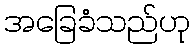
အခြေခံသည်ဟု